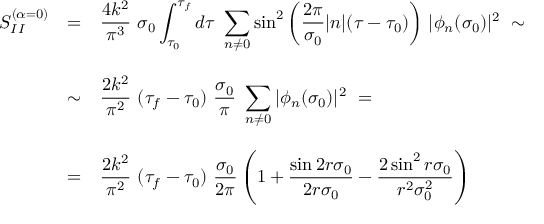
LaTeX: \begin{array} { l c l } { { S _ { I I } ^ { ( \alpha = 0 ) } } } & { { = } } & { { { \displaystyle \frac { 4 k ^ { 2 } } { \pi ^ { 3 } } ~ \sigma _ { 0 } \int _ { \tau _ { 0 } } ^ { \tau _ { f } } d \tau ~ \sum _ { n \neq 0 } ^ { } { \sin } ^ { 2 } \left( \frac { 2 \pi } { \sigma _ { 0 } } | n | ( \tau - \tau _ { 0 } ) \right) } ~ | \phi _ { n } ( \sigma _ { 0 } ) | ^ { 2 } \; \sim } } \\ { { } } & { { } } & { { } } \\ { { } } & { { \sim } } & { { { \displaystyle \frac { 2 k ^ { 2 } } { \pi ^ { 2 } } ~ ( \tau _ { f } - \tau _ { 0 } ) ~ \frac { \sigma _ { 0 } } { \pi } ~ \sum _ { n \neq 0 } ^ { } | \phi _ { n } ( \sigma _ { 0 } ) | ^ { 2 } } ~ = } } \\ { { } } & { { } } & { { } } \\ { { } } & { { = } } & { { { \displaystyle \frac { 2 k ^ { 2 } } { \pi ^ { 2 } } ~ ( \tau _ { f } - \tau _ { 0 } ) ~ \frac { \sigma _ { 0 } } { 2 \pi } \left( 1 + \frac { \sin 2 r \sigma _ { 0 } } { 2 r \sigma _ { 0 } } - \frac { 2 \, { \sin } ^ { 2 } \, r \sigma _ { 0 } } { r ^ { 2 } \sigma _ { 0 } ^ { 2 } } \right) } } } \end{array}